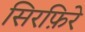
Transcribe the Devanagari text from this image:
सिरफ़िरे